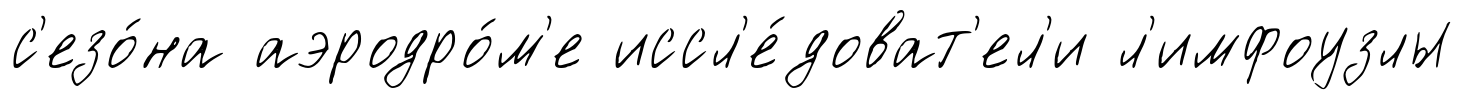
с'езо́на аэродро́м'е иссл'е́доват'ел'и л'имфоузлы